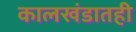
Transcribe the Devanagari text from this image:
कालखंडातही